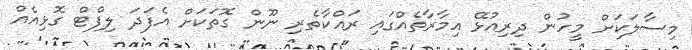
މިސާލަކަށް މީހުން ދިރިއުޅޭ އިމާރާތެއްގައި ރައްކާތެރި ނޫން ގޮތަކަށް އެފަދަ ލިފްޓް ގޮޅިއެއް